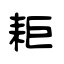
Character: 耟